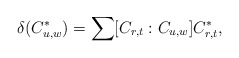
\begin{align*}\delta(C^\ast_{u,w}) = \sum [C_{r,t}:C_{u,w}] C^\ast_{r,t},\end{align*}